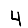
Digit: 4